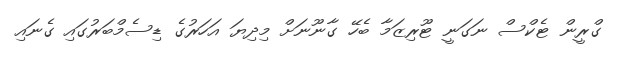
ގްރީން ޓެކްސް ނަގަނީ ޓޫރިޒަމާ ބެހޭ ގާނޫނަށް މިދިޔަ އަހަރުގެ ޑިސެމްބަރުގައި ގެނައި